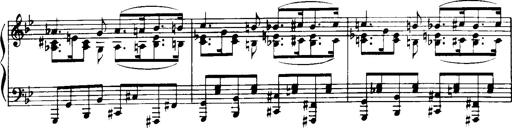
Title: Historische ungarische Bildnisse
Composer: Franz Liszt